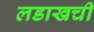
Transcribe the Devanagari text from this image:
लडाखची